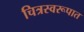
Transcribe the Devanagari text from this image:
चित्रस्वरूपात